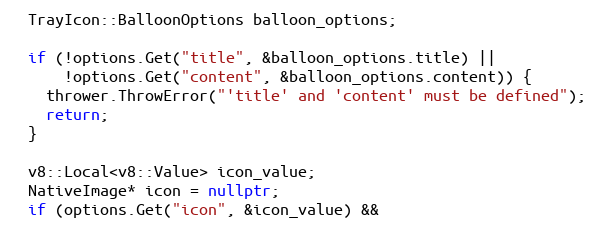
Language: C++
  TrayIcon::BalloonOptions balloon_options;

  if (!options.Get("title", &balloon_options.title) ||
      !options.Get("content", &balloon_options.content)) {
    thrower.ThrowError("'title' and 'content' must be defined");
    return;
  }

  v8::Local<v8::Value> icon_value;
  NativeImage* icon = nullptr;
  if (options.Get("icon", &icon_value) &&